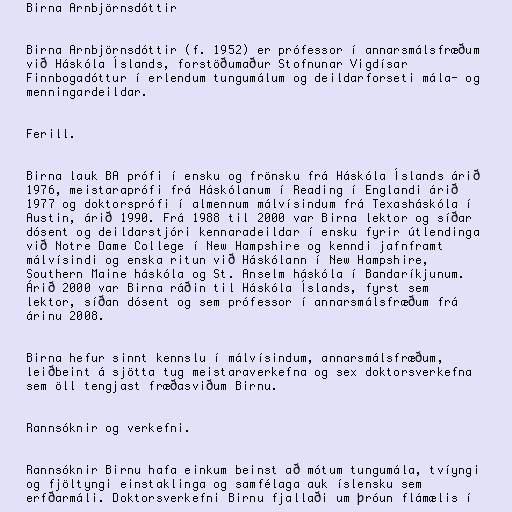
Birna Arnbjörnsdóttir

Birna Arnbjörnsdóttir (f. 1952) er prófessor í annarsmálsfræðum
við Háskóla Íslands, forstöðumaður Stofnunar Vigdísar
Finnbogadóttur í erlendum tungumálum og deildarforseti mála- og
menningardeildar.

Ferill.

Birna lauk BA prófi í ensku og frönsku frá Háskóla Íslands árið
1976, meistaraprófi frá Háskólanum í Reading í Englandi árið
1977 og doktorsprófi í almennum málvísindum frá Texasháskóla í
Austin, árið 1990. Frá 1988 til 2000 var Birna lektor og síðar
dósent og deildarstjóri kennaradeildar í ensku fyrir útlendinga
við Notre Dame College í New Hampshire og kenndi jafnframt
málvísindi og enska ritun við Háskólann í New Hampshire,
Southern Maine háskóla og St. Anselm háskóla í Bandaríkjunum.
Árið 2000 var Birna ráðin til Háskóla Íslands, fyrst sem
lektor, síðan dósent og sem prófessor í annarsmálsfræðum frá
árinu 2008.

Birna hefur sinnt kennslu í málvísindum, annarsmálsfræðum,
leiðbeint á sjötta tug meistaraverkefna og sex doktorsverkefna
sem öll tengjast fræðasviðum Birnu.

Rannsóknir og verkefni.

Rannsóknir Birnu hafa einkum beinst að mótum tungumála, tvíyngi
og fjöltyngi einstaklinga og samfélaga auk íslensku sem
erfðarmáli. Doktorsverkefni Birnu fjallaði um þróun flámælis í